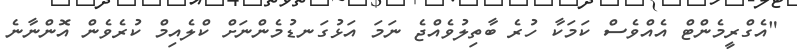
"އެގްރީމެންޓް އެއްވެސް ކަމަކާ ހުރެ ބާތިލުވެއްޖެ ނަމަ އަޅުގަނޑުމެންނަށް ކްލެއިމް ކުރެވެން އޮންނާނެ